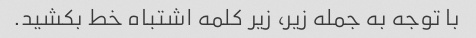
با توجه به جمله زیر، زیر کلمه اشتباه خط بکشید.